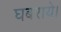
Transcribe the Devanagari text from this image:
घबराये।